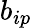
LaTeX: b_{ip}